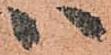
ハ